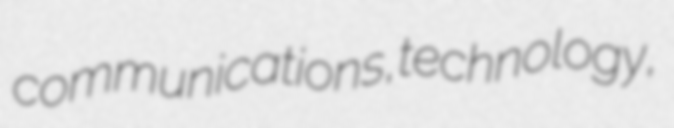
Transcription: communications,technology,